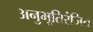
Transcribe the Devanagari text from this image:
अनुभूतिरंजित